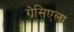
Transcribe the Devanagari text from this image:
ग्रेसिएला